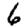
Digit: 6